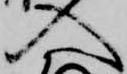
入